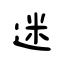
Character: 迷